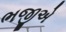
ભજીએ